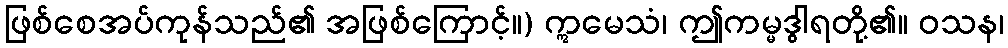
ဖြစ်စေအပ်ကုန်သည်၏ အဖြစ်ကြောင့်။) ဣမေသံ၊ ဤကမ္မဒွါရတို့၏။ ဝသန၊